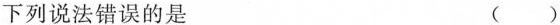
下列说法错误的是 ()